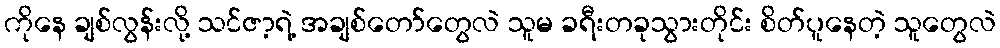
ကိုနေ ချစ်လွန်းလို့ သင်ဇာ့ရဲ့ အချစ်တော်တွေလဲ သူမ ခရီးတခုသွားတိုင်း စိတ်ပူနေတဲ့ သူတွေလဲ